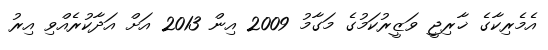
އެމެރިކާގެ ޚާރިޖީ ވަޒީރުކަމުގެ މަގާމު 2009 އިން 2013 އަށް އަދާކުރެއްވި އިރު